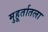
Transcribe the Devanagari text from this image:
मुहूर्तातला